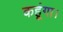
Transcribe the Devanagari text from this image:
कहूंगा।